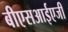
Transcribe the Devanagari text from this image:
बीएसआईएजी